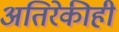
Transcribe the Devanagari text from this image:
अतिरेकीही